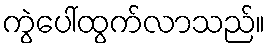
ကွဲပေါ်ထွက်လာသည်။